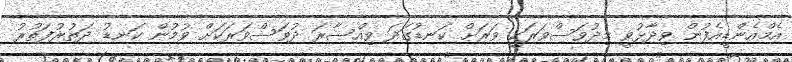
އެމްއެންޑީއެފުން ވިދާޅުވީ މިދުވަސްވަރަކީ ވަރަށް ކަނޑުގަދަ ވިއްސާރަ ދުވަސްވަރަކަށް ވުމުން ކަނޑު ދަތުރުފަތުރު